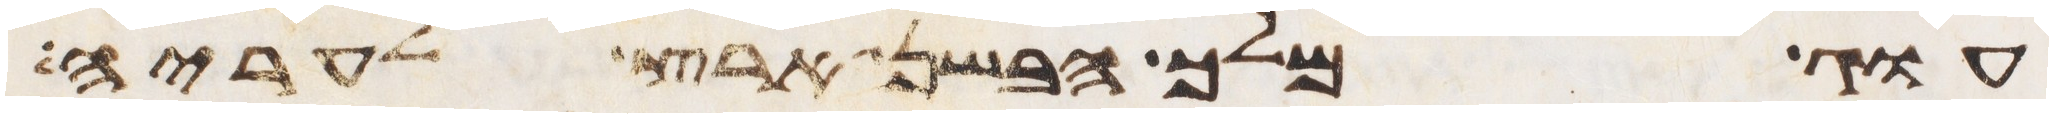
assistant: עוג מלך הבשן ארץ לעריה